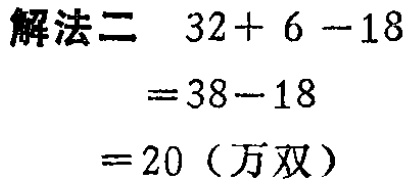
解法二 \(32 + 6 - 18\)

\(= 38 - 18\)

\(= 20\)（万双）